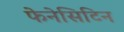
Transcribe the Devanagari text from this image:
फेनेसिटिन